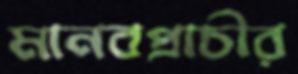
মানবপ্রাচীর